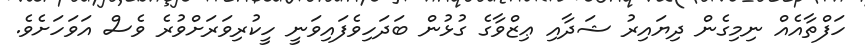
ހަފްތާއެއް ނިމިގެން ދިޔައިރު ޝަދާއި ޢިޒްވާގެ ގުޅުން ބަދަހިވެފައިވަނީ ހީކުރިވަރަށްވުރެ ވެސް އަވަހަށެވެ.